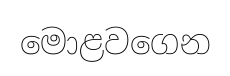
මොළවගෙන